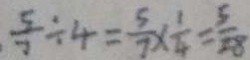
\frac { 5 } { 3 } \div 4 = \frac { 5 } { 7 } \times \frac { 1 } { 4 } = \frac { 5 } { 2 8 }